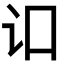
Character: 𬣚